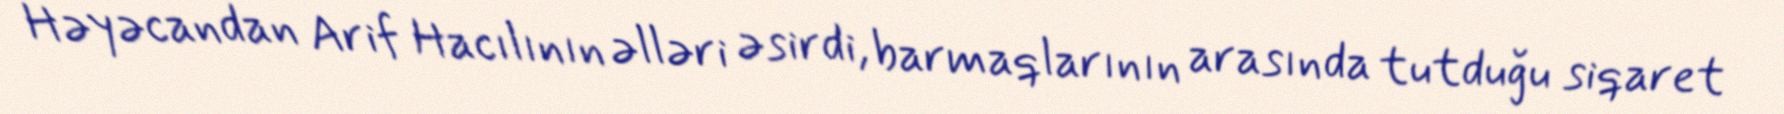
Həyəcandan Arif Hacılının əlləri əsirdi, barmaqlarının arasında tutduğu siqaret